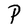
Character: P